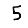
Digit: 5